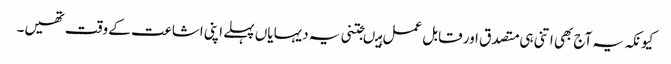
کیونکہ یہ آج بھی اتنی ہی متصدق اور قابل عمل ہیںجتنی یہ دیہایاں پہلے اپنی اشاعت کے وقت تھیں۔